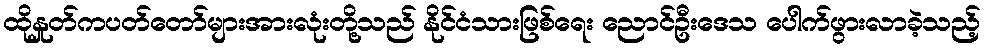
ထိုနှုတ်ကပတ်တော်များအားလုံးတို့သည် နိုင်ငံသားဖြစ်ရေး ညောင်ဦးဒေသ ပေါက်ဖွားလာခဲ့သည့်